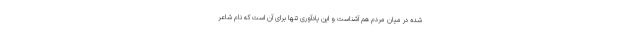
شده در میان مردم هم آشناست و این یادآوری تنها برای آن است که نام شاعر